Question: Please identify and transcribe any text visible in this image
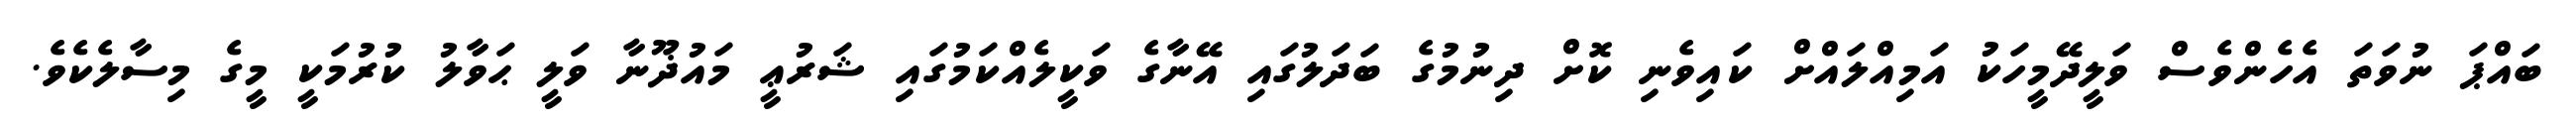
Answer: ބައްޕަ ނުވަތަ އެހެންވެސް ވަލީދޭމީހަކު އަމިއްލައްށް ކައިވެނި ކޮށް ދިނުމުގެ ބަދަލުގައި އޭނާގެ ވަކީލެއްކަމުގައި ޝަރުޢީ މައުޛޫނާ ވަލީ ޙަވާލު ކުރުމަކީ މީގެ މިސާލެކެވެ.